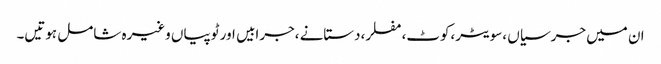
ان میں جرسیاں ،سویٹر،کوٹ،مفلر،دستانے ،جرابیں اور ٹوپیاں وغیرہ شامل ہوتیں۔